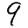
Digit: 9